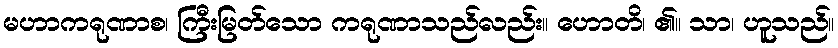
မဟာကရုဏာစ၊ ကြီးမြတ်သော ကရုဏာသည်လည်း။ ဟောတိ၊ ၏။ သာ၊ ဟူသည်။